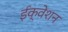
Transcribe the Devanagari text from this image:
ईक्वेशन